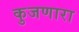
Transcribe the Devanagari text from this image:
कुजणारा